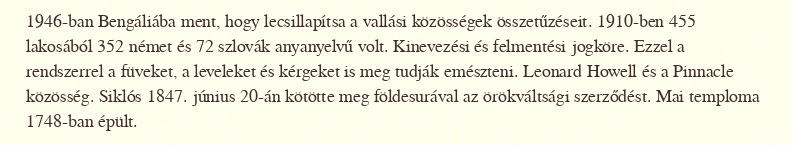
1946-ban Bengáliába ment, hogy lecsillapítsa a vallási közösségek összetűzéseit. 1910-ben 455 lakosából 352 német és 72 szlovák anyanyelvű volt. Kinevezési és felmentési jogköre. Ezzel a rendszerrel a füveket, a leveleket és kérgeket is meg tudják emészteni. Leonard Howell és a Pinnacle közösség. Siklós 1847. június 20-án kötötte meg földesurával az örökváltsági szerződést. Mai temploma 1748-ban épült.